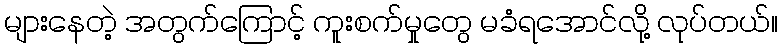
များနေတဲ့ အတွက်ကြောင့် ကူးစက်မှုတွေ မခံရအောင်လို့ လုပ်တယ်။